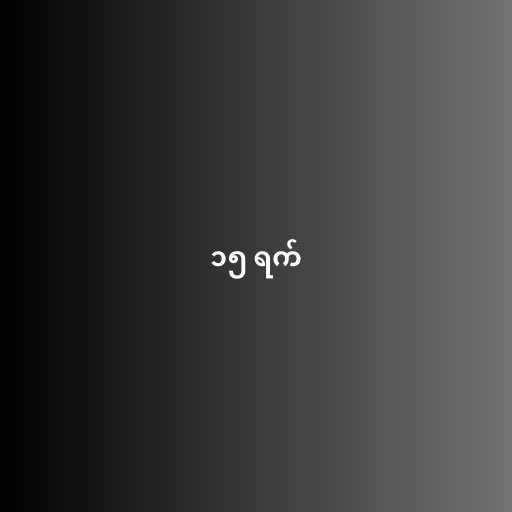
၁၅ ရက်